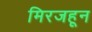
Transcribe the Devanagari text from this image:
मिरजहून